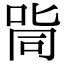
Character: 㖰